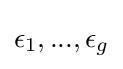
\epsilon _{1},...,\epsilon _{g}